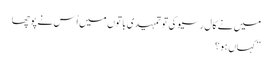
میں نے کال رسیو کی تو تمہیدی باتوں میں اُس نے پوچھا
” کہاں ہو ؟